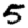
Digit: 5